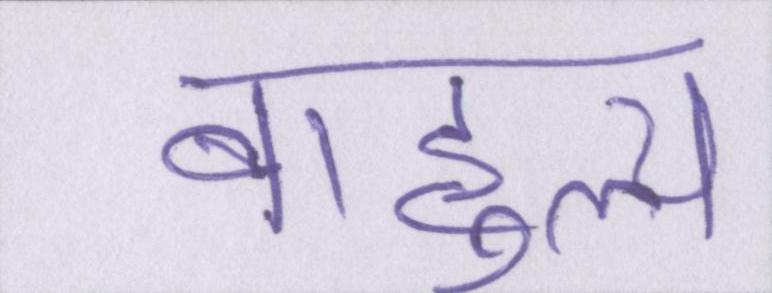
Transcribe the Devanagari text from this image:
बाहुल्य